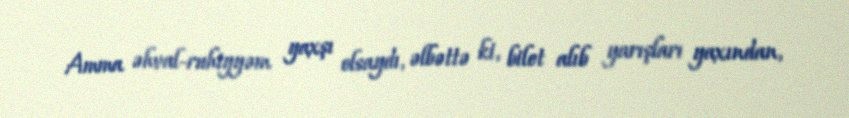
Amma əhval-ruhiyyəm yaxşı olsaydı, əlbəttə ki, bilet alıb yarışları yaxından,